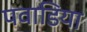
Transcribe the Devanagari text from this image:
पवाडिया